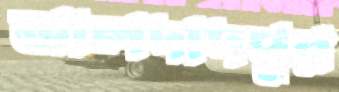
আলদাদপুর